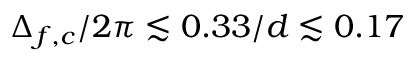
\Delta _ { f , c } / 2 \pi \lesssim 0 . 3 3 / d \lesssim 0 . 1 7